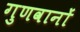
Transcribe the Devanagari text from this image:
गुणवानों